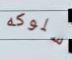
سلوكه